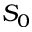
S _ { 0 }